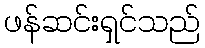
ဖန်ဆင်းရှင်သည်